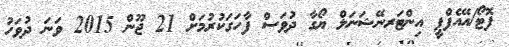
ފޮޓޯ/އޭއެފްޕީ އިންޓަރނޭޝަނަލް ޔޯގާ ދުވަސް ފާހަގަކުރުމަށް 21 ޖޫން 2015 ވަނަ ދުވަހު